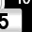
Digit: 5